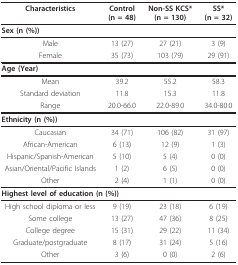
<table><thead><tr><td><b>Characteristics</b></td><td><b>Control(n = 48)</b></td><td><b>Non-SS KCS*(n = 130)</b></td><td><b>SS*(n = 32)</b></td></tr></thead><tbody><tr><td colspan="4"><b>Sex (n (%))</b></td></tr><tr><td>Male</td><td>13 (27)</td><td>27 (21)</td><td>3 (9)</td></tr><tr><td>Female</td><td>35 (73)</td><td>103 (79)</td><td>29 (91)</td></tr><tr><td colspan="4"><b>Age (Year)</b></td></tr><tr><td>Mean</td><td>39.2</td><td>55.2</td><td>58.3</td></tr><tr><td>Standard deviation</td><td>11.8</td><td>15.3</td><td>11.8</td></tr><tr><td>Range</td><td>20.0-66.0</td><td>22.0-89.0</td><td>34.0-80.0</td></tr><tr><td colspan="4"><b>Ethnicity (n (%))</b></td></tr><tr><td>Caucasian</td><td>34 (71)</td><td>106 (82)</td><td>31 (97)</td></tr><tr><td>African-American</td><td>6 (13)</td><td>12 (9)</td><td>1 (3)</td></tr><tr><td>Hispanic/Spanish-American</td><td>5 (10)</td><td>5 (4)</td><td>0 (0)</td></tr><tr><td>Asian/Oriental/Pacific Islands</td><td>1 (2)</td><td>6 (5)</td><td>0 (0)</td></tr><tr><td>Other</td><td>2 (4)</td><td>1 (1)</td><td>0 (0)</td></tr><tr><td colspan="4"><b>Highest level of education (n (%))</b></td></tr><tr><td>High school diploma or less</td><td>9 (19)</td><td>23 (18)</td><td>6 (19)</td></tr><tr><td>Some college</td><td>13 (27)</td><td>47 (36)</td><td>8 (25)</td></tr><tr><td>College degree</td><td>15 (31)</td><td>29 (22)</td><td>11 (34)</td></tr><tr><td>Graduate/postgraduate</td><td>8 (17)</td><td>31 (24)</td><td>5 (16)</td></tr><tr><td>Other</td><td>3 (6)</td><td>0 (0)</td><td>2 (6)</td></tr></tbody></table>